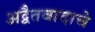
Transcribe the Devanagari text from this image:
अद्वैतवादाचे